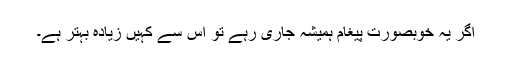
اگر یہ خوبصورت پیغام ہمیشہ جاری رہے تو اس سے کہیں زیادہ بہتر ہے۔